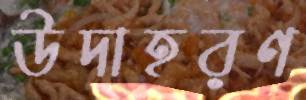
উদাহরণ